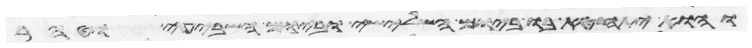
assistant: והוא יתחטא בו ביום השלישי וביום השביעי וטהר